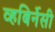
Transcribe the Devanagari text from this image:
व्हबिर्नेसी